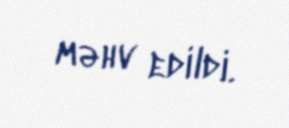
məhv edildi.